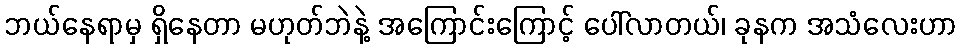
ဘယ်နေရာမှ ရှိနေတာ မဟုတ်ဘဲနဲ့ အကြောင်းကြောင့် ပေါ်လာတယ်၊ ခုနက အသံလေးဟာ